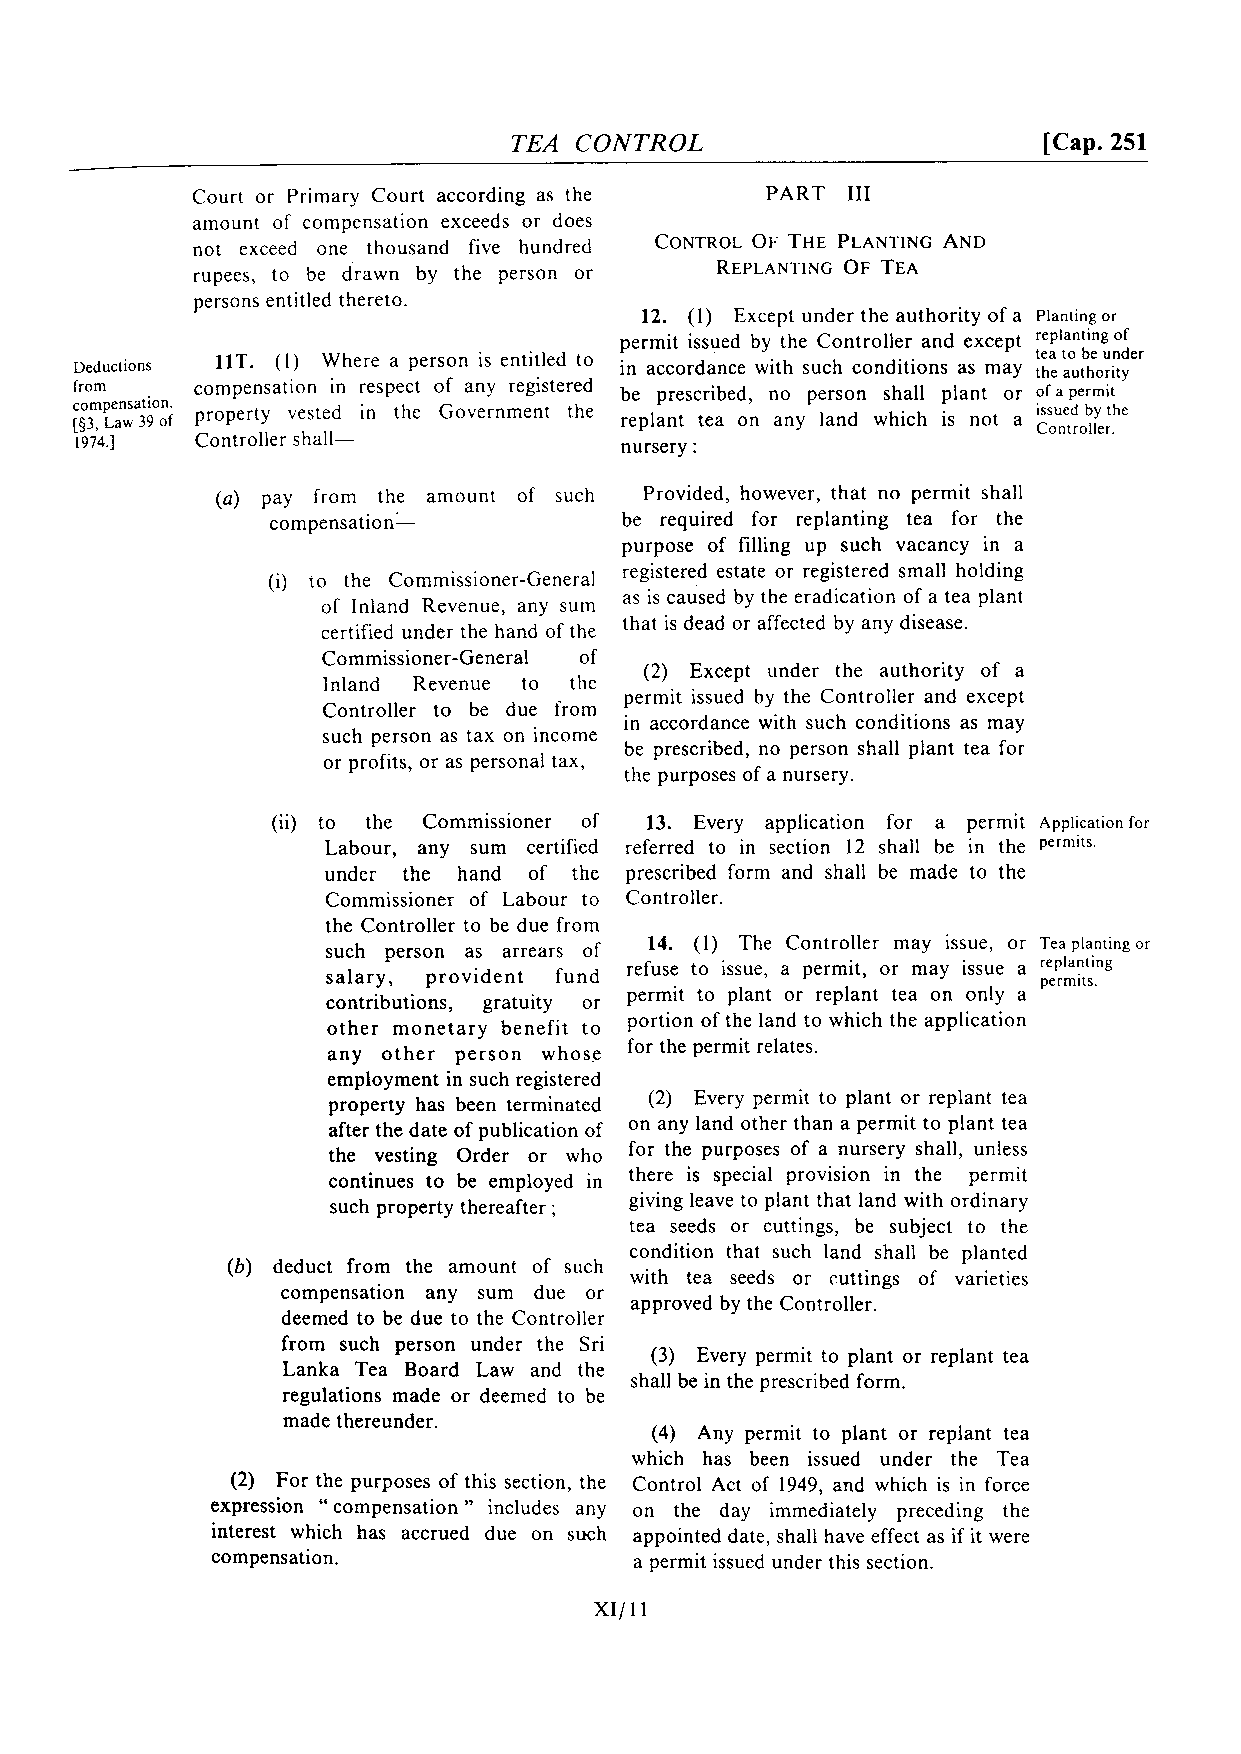
TEA CONTROL                        [Cap. 251
 Court or Primary Court according as the PART 111
 amount of compensation exceeds or does
 not exceed one thousand five hundred
 rupees, to be drawn by the person or
 persons entitled thereto.
 12. (1) Except under the authority of a Planting or
 permit issued by the Controller and except
 tea to be under
 Deductions 11T. (I) Where a person is entitled to in accordance with such conditions as may the authority
 from    compensation in respect of any registered be prescribed, no person shall plant or of apermit
 comp Le an wsa 3ti 9o n. property vested in the Government the replant tea on any land which is not a i Css ou ne td r ob ly le t rh , e
 1974.1  Controller shall-           nursery :
 (a) pay from the amount of such Provided, however, that no permit shall
 compensation1          be required for replanting tea for the
 purpose of filling up such vacancy in a
 (i)  the ~     ~      ~ registered ~estate or reigistered sm~all holding~ i ~ ~ ~   ~      -     ~      ~      ~      ~      ~      ~      ~
 as is caused by the eradication of a tea plant
 of inland R ~any su~m ~    ~    ~    ~    ,
 that is dead or affected by any disease.
 certified under the hand of the
 Commissioner-General of
 (2) Except under the authority of a
 Inland Revenue to the
 permit issued by the Controller and except
 Controller to be due from
 in accordance with such conditions as may
 such person as tax on income
 be prescribed, no person shall plant tea for
 or profits, or as personal tax,
 the purposes of a nursery.
 (ii) to the Commissioner of 13. Every application for a permit Applicationfor
 Labour, any sum certified referred to in section 12 shall be in the permits.
 under the hand of the prescribed form and shall be made to the
 Commissioner of Labour to Controller.
 the Controller to be due from
 such person as arrears of 14. (1) The Controller may issue, or Tea planting or
 salary, provident fund refuse to issue, a permit, or may issue a r pe ep rmla in tst .i ng
 permit to plant or replant tea on only a
 contributions, gratuity or
 portion of the land to which the application
 other monetary benefit to
 for the permit relates.
 any other person whose
 employment in such registered
 property has been terminated (2) Every permit to plant or replant tea
 on any land other than a permit to plant tea
 after the date of publication of
 for the purposes of a nursery shall, unless
 the vesting Order or who
 continues to be employed in there is special provision in the permit
 giving leave to plant that land with ordinary
 such property thereafter ;
 tea seeds or cuttings, be subject to the
 condition that such land shall be planted
 (b) deduct from the amount of such
 with tea seeds or cuttings of varieties
 compensation any sum due or
 approved by the Controller.
 deemed to be due to the Controller
 from such person under the Sri
 (3) Every permit to plant or replant tea
 Lanka Tea Board Law and the
 shall be in the prescribed form.
 regulations made or deemed to be
 made thereunder.
 (4) Any permit to plant or replant tea
 which has been issued under the Tea
 (2) For the purposes of this section, the Control Act of 1949, and which is in force
 expression compensation " includes any on the day immediately preceding the
 "
 interest which has accrued due on such appointed date, shall have effect as if it were
 compensation.               a permit issued under this section.